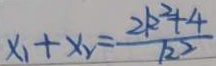
x _ { 1 } + x _ { 2 } = \frac { 2 k ^ { 2 } + 4 } { k ^ { 2 } }